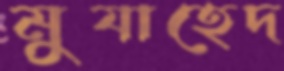
মুযাহেদ